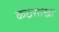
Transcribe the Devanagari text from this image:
कठशाखा